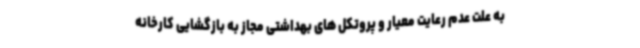
به علت عدم رعایت معیار و پروتکل های بهداشتی مجاز به بازگشایی کارخانه